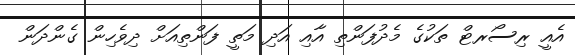
އެއީ ރިސޯރޓް ތަކުގެ މެދުފަންތި އާއި އަދި މަތީ ފަންތިއަށް ދިވެހިން ގެންދަން